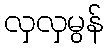
လှလှမွန်